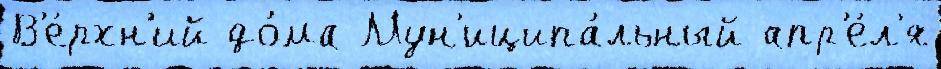
В'е́рхн'ий до́ма Мун'иципа́льный апр'е́л'я